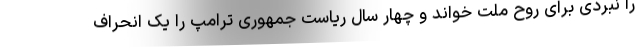
را نبردی برای روح ملت خواند و چهار سال ریاست جمهوری ترامپ را یک انحراف